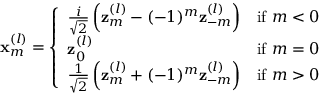
\mathbf { x } _ { m } ^ { ( l ) } = \left\{ \begin{array} { l l } { \frac { i } { \sqrt { 2 } } \left( \mathbf { z } _ { m } ^ { ( l ) } - ( - 1 ) ^ { m } \mathbf { z } _ { - m } ^ { ( l ) } \right) } & { \mathrm { i f ~ } m < 0 } \\ { \mathbf { z } _ { 0 } ^ { ( l ) } } & { \mathrm { i f ~ } m = 0 } \\ { \frac { 1 } { \sqrt { 2 } } \left( \mathbf { z } _ { m } ^ { ( l ) } + ( - 1 ) ^ { m } \mathbf { z } _ { - m } ^ { ( l ) } \right) } & { \mathrm { i f ~ } m > 0 } \end{array} \right.